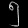
Digit: ၅